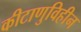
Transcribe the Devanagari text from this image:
कीटाणुविहीन